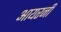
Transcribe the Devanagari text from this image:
आयरनी